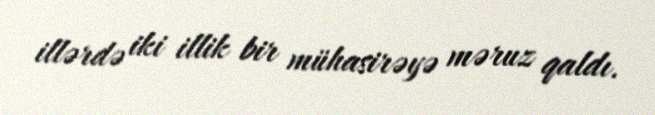
illərdə iki illik bir mühasirəyə məruz qaldı.